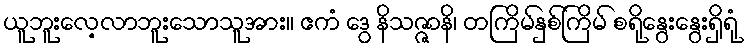
ယူဘူးလေ့လာဘူးသောသူအား။ ဧကံ ဒွေ နိသဇ္ဇာနိ၊ တကြိမ်နှစ်ကြိမ် စရိုနွေးနွေးရှိရုံ